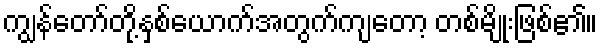
ကျွန်တော်တို့နှစ်ယောက်အတွက်ကျတော့ တစ်မျိုးဖြစ်၏။